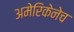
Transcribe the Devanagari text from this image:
अमेरिकेनेच